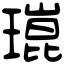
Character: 𤨾